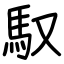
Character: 馭